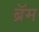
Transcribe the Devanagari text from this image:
ब्रॅम